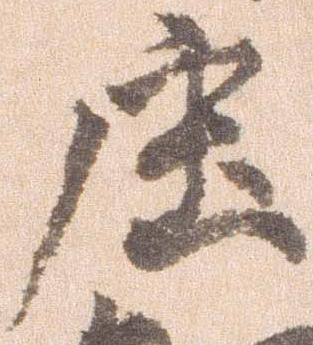
庄